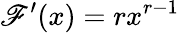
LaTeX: \mathscr{F}^{\prime}(x)=rx^{r-1}